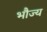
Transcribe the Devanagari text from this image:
भौज्य